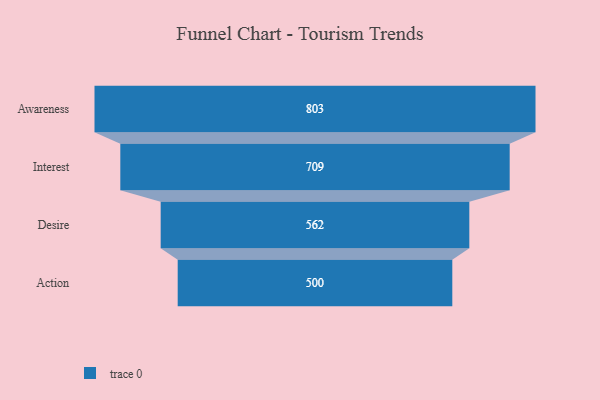
{"axis": {"x": "Stage", "y": "Value"}, "legend": [""], "data": [{"x": "Awareness", "y": 803.0, "type": ""}, {"x": "Interest", "y": 709.0, "type": ""}, {"x": "Desire", "y": 562.0, "type": ""}, {"x": "Action", "y": 500, "type": ""}]}